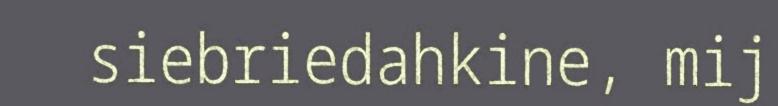
siebriedahkine, mij